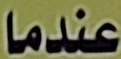
عندما